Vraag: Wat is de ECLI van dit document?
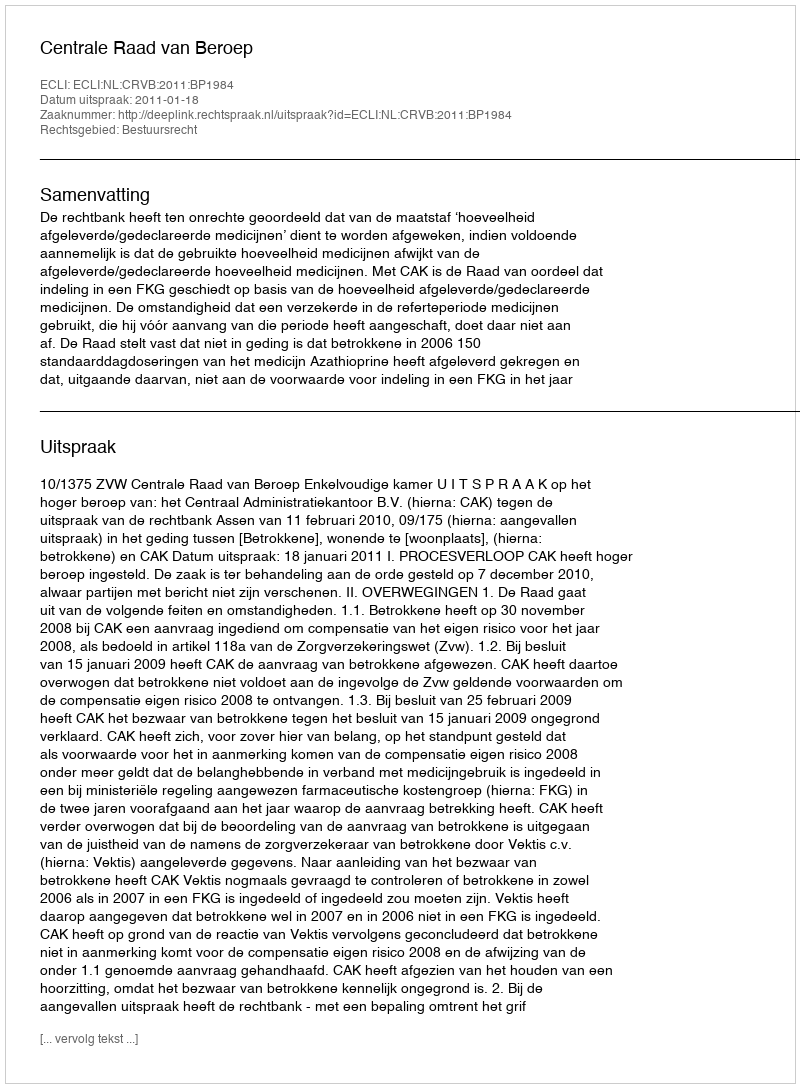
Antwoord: ECLI:NL:CRVB:2011:BP1984